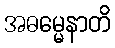
အဓမ္မေနာတိ